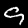
Label: 9